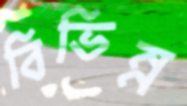
বিভিন্ন